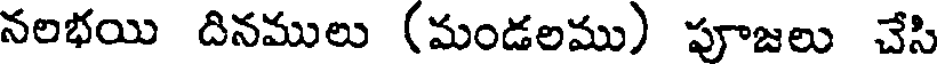
నలభయి దినములు (మండలము) పూజలు చేసి